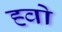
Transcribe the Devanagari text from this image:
ह्वो